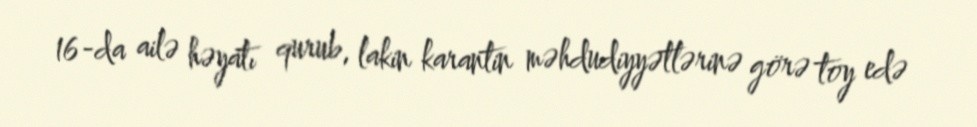
16-da ailə həyatı qurub, lakin karantin məhdudiyyətlərinə görə toy edə